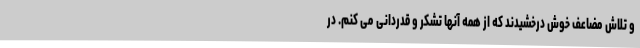
و تلاش مضاعف خوش درخشیدند که از همه آنها تشکر و قدردانی می کنم. در